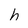
Character: h